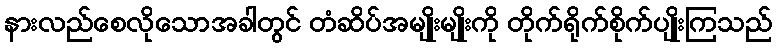
နားလည်စေလိုသောအခါတွင် တံဆိပ်အမျိုးမျိုးကို တိုက်ရိုက်စိုက်ပျိုးကြသည်